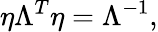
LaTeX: \eta\Lambda^{T}\eta=\Lambda^{-1},